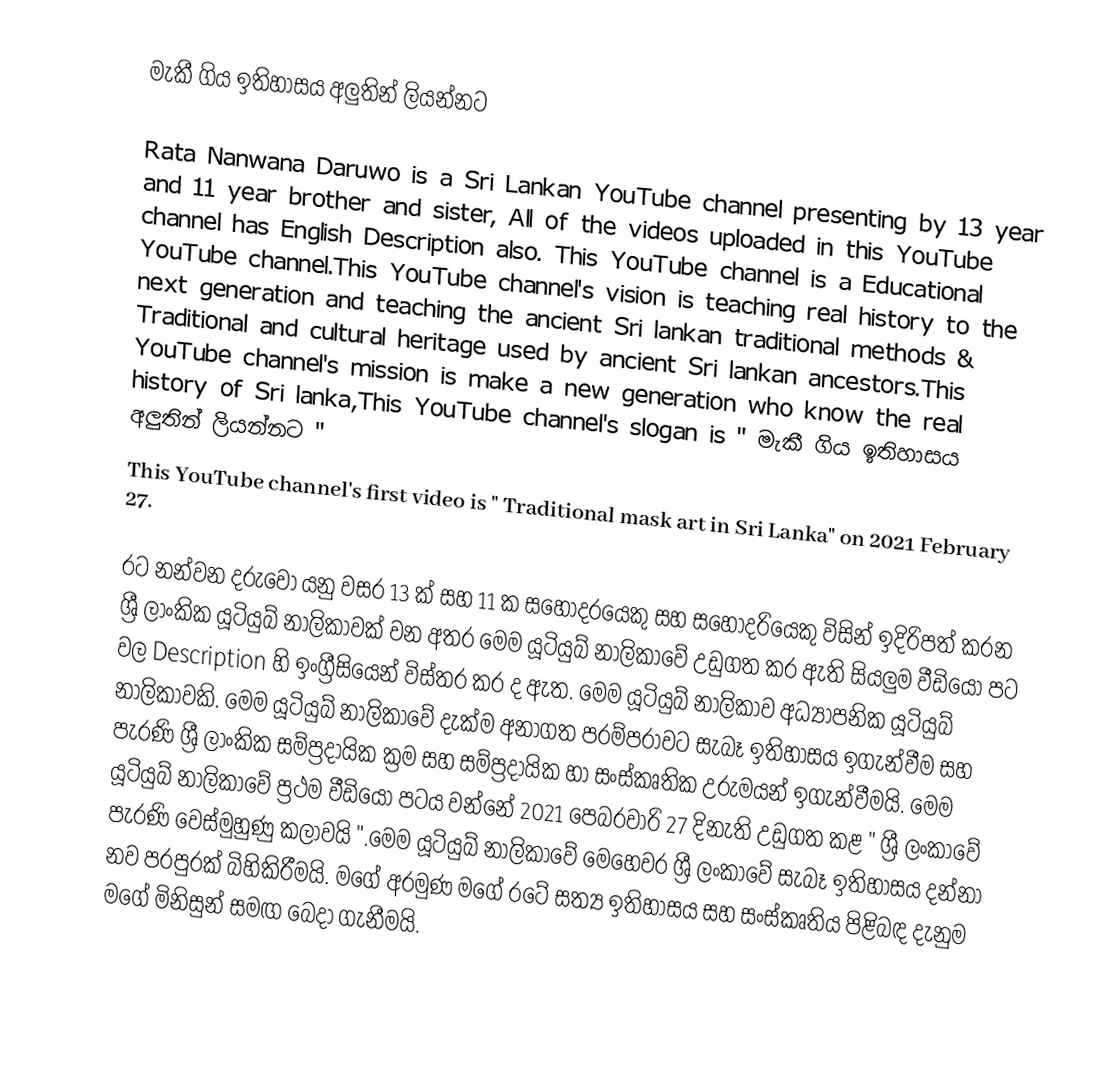
මැකී ගිය ඉතිහාසය අලුතින් ලියන්නට

Rata Nanwana Daruwo is a Sri Lankan YouTube channel presenting by 13 year and 11 year brother and sister, All of the videos uploaded in this YouTube channel has English Description also. This YouTube channel is a Educational YouTube channel.This YouTube channel's vision is teaching real history to the next generation and teaching the ancient Sri lankan traditional methods & Traditional and cultural heritage used by ancient Sri lankan ancestors.This YouTube channel's mission is make a new generation who know the real history of Sri lanka,This YouTube channel's slogan is " මැකී ගිය ඉතිහාසය අලුතින් ලියන්නට "
This YouTube channel's first video is " Traditional mask art in Sri Lanka" on 2021 February 27.

රට නන්වන දරුවෝ යනු වසර 13 ක් සහ 11 ක සහෝදරයෙකු සහ සහෝදරියෙකු විසින් ඉදිරිපත් කරන ශ්‍රී ලාංකික යූටියුබ් නාලිකාවක් වන අතර මෙම යූටියුබ් නාලිකාවේ උඩුගත කර ඇති සියලුම වීඩියෝ පට වල Description හි ඉංග්‍රීසියෙන් විස්තර කර ද ඇත. මෙම යූටියුබ් නාලිකාව අධ්‍යාපනික යූටියුබ් නාලිකාවකි. මෙම යූටියුබ් නාලිකාවේ දැක්ම අනාගත පරම්පරාවට සැබෑ ඉතිහාසය ඉගැන්වීම සහ පැරණි ශ්‍රී ලාංකික සම්ප්‍රදායික ක්‍රම සහ සම්ප්‍රදායික හා සංස්කෘතික උරුමයන් ඉගැන්වීමයි. මෙම යූටියුබ් නාලිකාවේ ප්‍රථම වීඩියෝ පටය වන්නේ 2021 පෙබරවාරි 27 දිනැති උඩුගත කළ " ශ්‍රී ලංකාවේ පැරණි වෙස්මුහුණු කලාවයි ".මෙම යූටියුබ් නාලිකාවේ මෙහෙවර ශ්‍රී ලංකාවේ සැබෑ ඉතිහාසය දන්නා නව පරපුරක් බිහිකිරීමයි. මගේ අරමුණ මගේ රටේ සත්‍ය ඉතිහාසය සහ සංස්කෘතිය පිළිබඳ දැනුම මගේ මිනිසුන් සමඟ බෙදා ගැනීමයි.